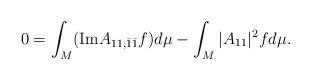
LaTeX: \begin{align*}0=\int_{M}(\mathrm{Im}A_{11,\bar{1}\bar{1}}f)d\mu-\int_{M}|A_{11}|^{2}fd\mu . \end{align*}